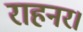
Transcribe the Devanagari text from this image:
राहनर।